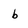
Character: b